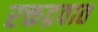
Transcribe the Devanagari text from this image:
रक्तद्रवात